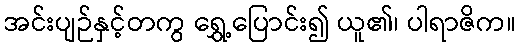
အင်းပျဉ်နှင့်တကွ ရွှေ့ပြောင်း၍ ယူ၏၊ ပါရာဇိက။